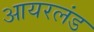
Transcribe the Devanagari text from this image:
आयरलंड